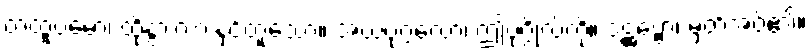
တထူပမော၊ ထိုနွားလားနှင့်တူသော။ အယံပုဂ္ဂလော၊ ဤပုဂ္ဂိုလ်ကို။ ဒဋ္ဌဗ္ဗော၊ မှတ်အပ်၏။